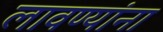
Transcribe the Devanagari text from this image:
लावण्यांना